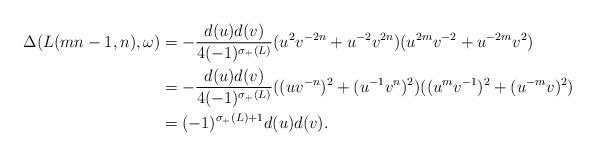
LaTeX: \begin{align*}\Delta(L(mn-1, n), \omega)&= -\frac{d(u)d(v)}{4(-1)^{\sigma_+(L)}} (u^2 v^{-2n} + u^{-2} v^{2n})(u^{2m} v^{-2} + u^{-2m} v^2) \\&= -\frac{d(u)d(v)}{4(-1)^{\sigma_+(L)}} ((u v^{-n})^2 + (u^{-1} v^{n})^2)((u^{m} v^{-1})^{2} + (u^{-m} v)^2)\\&= (-1)^{\sigma_+(L)+1} d(u)d(v). \end{align*}